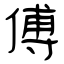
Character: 傅